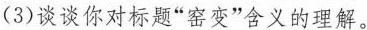
(3)谈谈你对标题“窑变”含义的理解